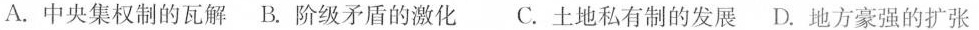
A.中央集权制的瓦解 B.阶级矛盾的激化 C.土地私有制的发展 D.地方豪强的扩张